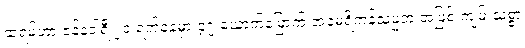
ထရမ့်ဟာ ဇန်နဝါရီ ၂၀ ရက်နေ့မှာ ၄၇ ယောက်မြောက် အမေရိကန်သမ္မတ အဖြစ် ကျမ်းသစ္စာ